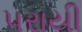
પરાયી